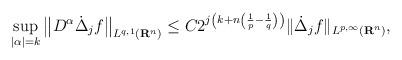
LaTeX: \begin{align*} \sup _{|\alpha|=k}\big\|D^{\alpha}\dot{\Delta}_j f\big\|_{L^{q, 1}\left(\mathbf{R}^{n}\right)} \leq C 2^{j\left(k+n\left(\frac{1}{p}-\frac{1}{q}\right)\right)}\|\dot{\Delta}_jf\|_{L^{p, \infty}\left(\mathbf{R}^{n}\right)},\end{align*}